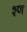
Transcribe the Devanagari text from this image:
श्ण